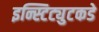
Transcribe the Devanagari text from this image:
इन्स्टिट्युटकडे